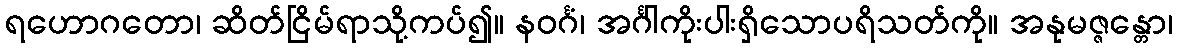
ရဟောဂတော၊ ဆိတ်ငြိမ်ရာသို့ကပ်၍။ နဝင်္ဂံ၊ အင်္ဂါကိုးပါးရှိသောပရိသတ်ကို။ အနုမဇ္ဇန္တော၊